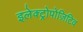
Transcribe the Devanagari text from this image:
इलेक्ट्रोपोज़िटिव